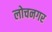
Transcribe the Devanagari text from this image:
लोचनगर